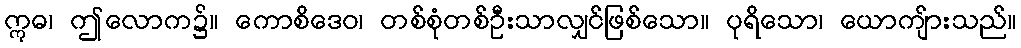
ဣဓ၊ ဤလောက၌။ ကောစိဒေဝ၊ တစ်စုံတစ်ဦးသာလျှင်ဖြစ်သော။ ပုရိသော၊ ယောကျ်ားသည်။